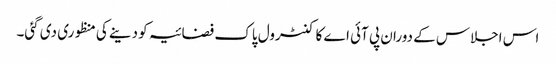
اس اجلاس کے دوران پی آئی اے کا کنٹرول پاک فضائیہ کو دینے کی منظوری دی گئی۔